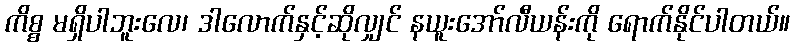
ကိစ္စ မရှိပါဘူးလေ၊ ဒါလောက်နှင့်ဆိုလျှင် နယူးအော်လီယန်းကို ရောက်နိုင်ပါတယ်။